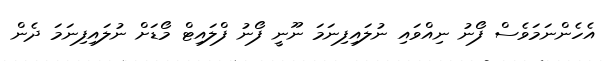
އެހެންނަމަވެސް ފޯނު ނިއްވައި ނުލައިފިނަމަ ނޫނީ ފޯނު ފްލައިޓް މޯޑަށް ނުލައިފިނަމަ ދެން